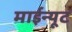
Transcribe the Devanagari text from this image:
माईन्यूट